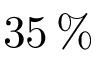
3 5 \, \%